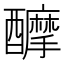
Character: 𨣴